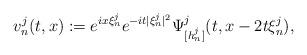
LaTeX: \begin{align*}v_n^j(t,x) := e^{ix\xi_n^j} e^{-it|\xi_n^j|^2} \Psi^j_{[h_n^j]}(t,x-2t\xi_n^j),\end{align*}